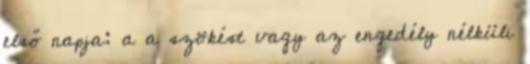
első napja: a a szökést vagy az engedély nélküli